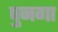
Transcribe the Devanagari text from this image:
पुनगा